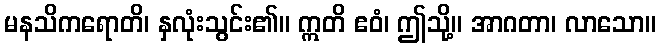
မနသိကရောတိ၊ နှလုံးသွင်း၏။ ဣတိ ဧဝံ၊ ဤသို့။ အာဂတာ၊ လာသော။